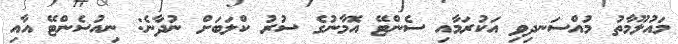
މައުލޫމާތު މުއްސަނދިވި އަކުރަމާއި ސެންޓޭ އޮމާނުގެ ސުރު ކްލަބަށް ނުދާނެ: ނިއުސެންޓޭ އާއި